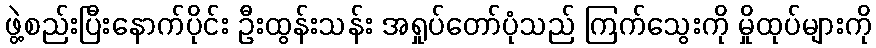
ဖွဲ့စည်းပြီးနောက်ပိုင်း ဦးထွန်းသန်း အရှုပ်တော်ပုံသည် ကြက်သွေးကို မှိုထုပ်များကို